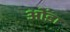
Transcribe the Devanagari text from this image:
ओंडा